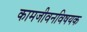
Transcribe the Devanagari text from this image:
कामजीवनविषयक